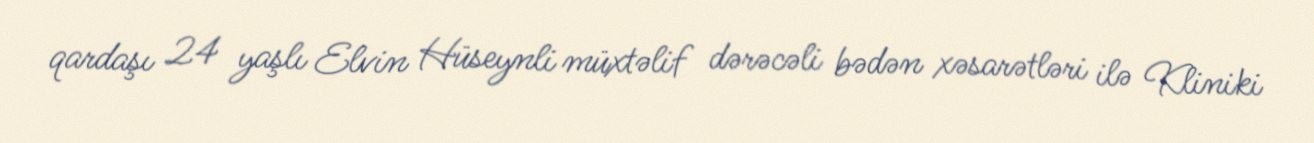
qardaşı 24 yaşlı Elvin Hüseynli müxtəlif dərəcəli bədən xəsarətləri ilə Kliniki